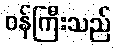
ဝန်ကြီးသည်